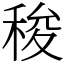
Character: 稄